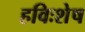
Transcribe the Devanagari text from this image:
हविःशेष